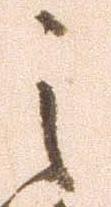
之